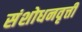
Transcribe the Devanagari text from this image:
संशोधनवृत्ती